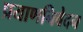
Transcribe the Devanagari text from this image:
प्रयाणनिवेदन